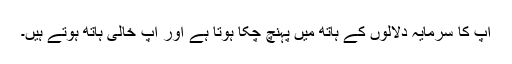
آپ کا سرمایہ دلالوں کے ہاتھ میں پہنچ چکا ہوتا ہے اور آپ خالی ہاتھ ہوتے ہیں۔